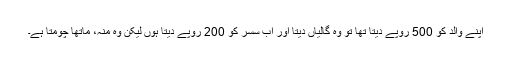
اپنے والد کو 500 روپے دیتا تھا تو وہ گالیاں دیتا اور اب سسر کو 200 روپے دیتا ہوں لیکن وہ منہ، ماتھا چومتا ہے۔